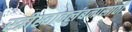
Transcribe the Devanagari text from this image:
स्त्रीस्वावलंबनासाठी